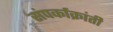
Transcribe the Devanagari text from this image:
संपर्काक्रांती